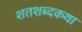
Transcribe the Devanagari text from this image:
शतशब्दकथा